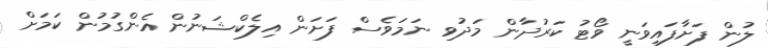
ލުން ފަށާފައިވަނީ ވޯޓު ކަރުދާން މަދުވި ނަމަވެސް ފަށަން އިލެކްޝަނުން އެންގުމުން ކަމަށް